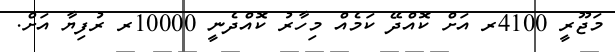
މަޖޫރީ 4100ރ އަށް ކޮއްދޭ ކަމެއް މިހާރު ކޮއްދެނީ 10000ރ ރުފިޔާ އަށް.